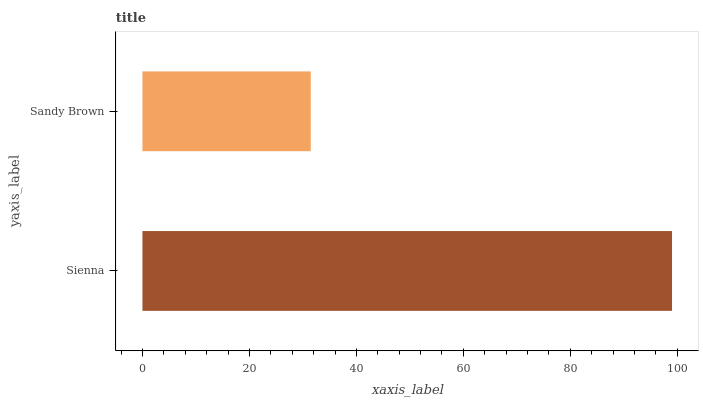
| yaxis_label | bars |
 | --- | --- |
 | Sienna | 99 |
 | Sandy Brown | 31.5 |